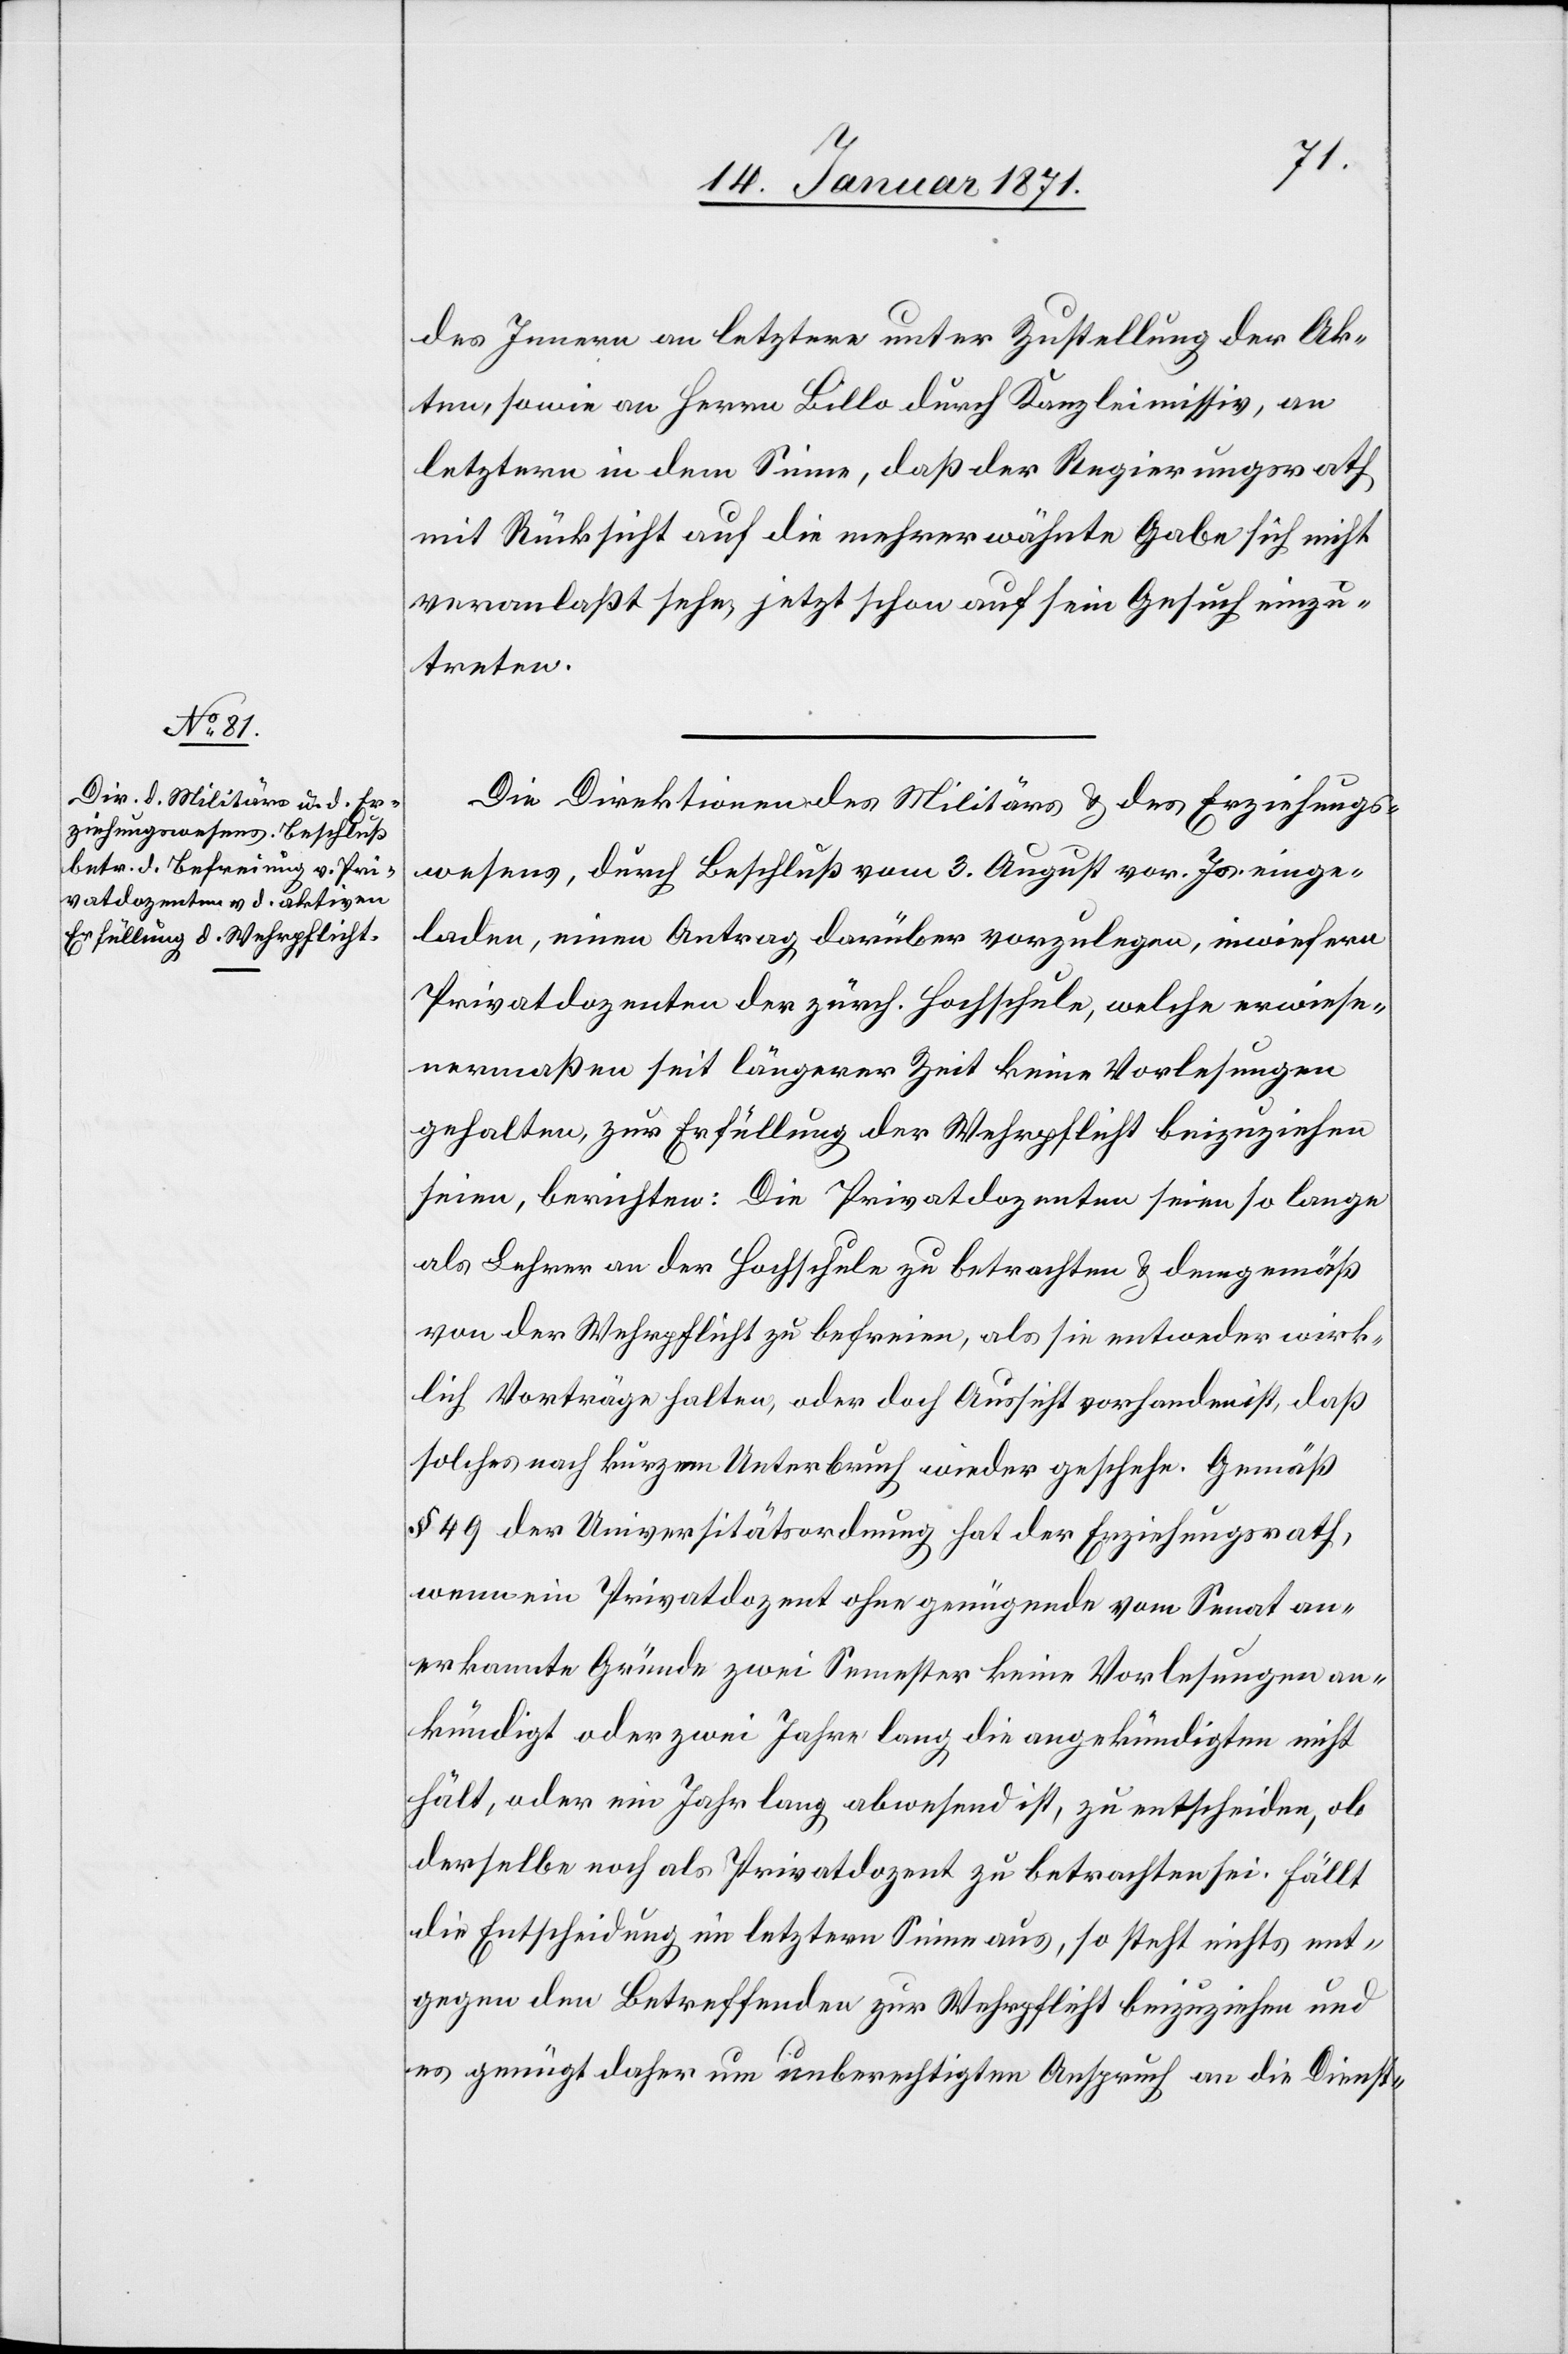
des Innern an letztere unter Zustellung der Ak¬
ten, sowie an Herrn Lillo durch Kanzleimissiv, an
letzern in dem Sinne, daß der Regierungsrath
mit Rücksicht auf die mehrerwähnte Gabe sich nicht
veranlaßt sehe, jetzt schon auf sein Gesuch einzu¬
treten.
Die Direktion des Militärs u. des Erziehungs¬
wesens, durch Beschluß vom 3. August vor. Js. einge¬
laden, einen Antrag darüber vorzulegen, inwiefern
Privatdozenten der zürch. Hochschule, welche erwiese¬
nermaßen seit längerer Zeit keine Vorlesungen
gehalten, zur Erfüllung der Wehrpflicht beizuziehen
seien, berichtet: Die Privatdozenten seien so lange
als Lehrer an der Hochschule zu betrachten u. demgemäß
von der Wehrpflicht zu befreien, als sie entweder wirk¬
lich Vorträge halten, oder doch Aussicht vorhanden ist, daß
solches nach kurzem Unterbruch wieder geschehe. Gemäß
§ 49 der Universitätsordnung hat der Erziehungsrath,
wenn ein Privatdozent ohne genügende von Senat an¬
erkannte Gründe zwei Semester keine Vorlesungen an¬
kündigt oder zwei Jahre lang die angekündigten nicht
hält, oder ein Jahr lang abwesend ist, zu entscheiden, ob
derselbe noch als Privatdozent zu betrachten sei. Fällt
die Entscheidung im letztern Sinne aus, so steht nichts ent¬
gegen den Betreffenden zur Wehrpflicht beizuziehen und
es genügt daher um unberechtigten Anspruch an die Dienst-